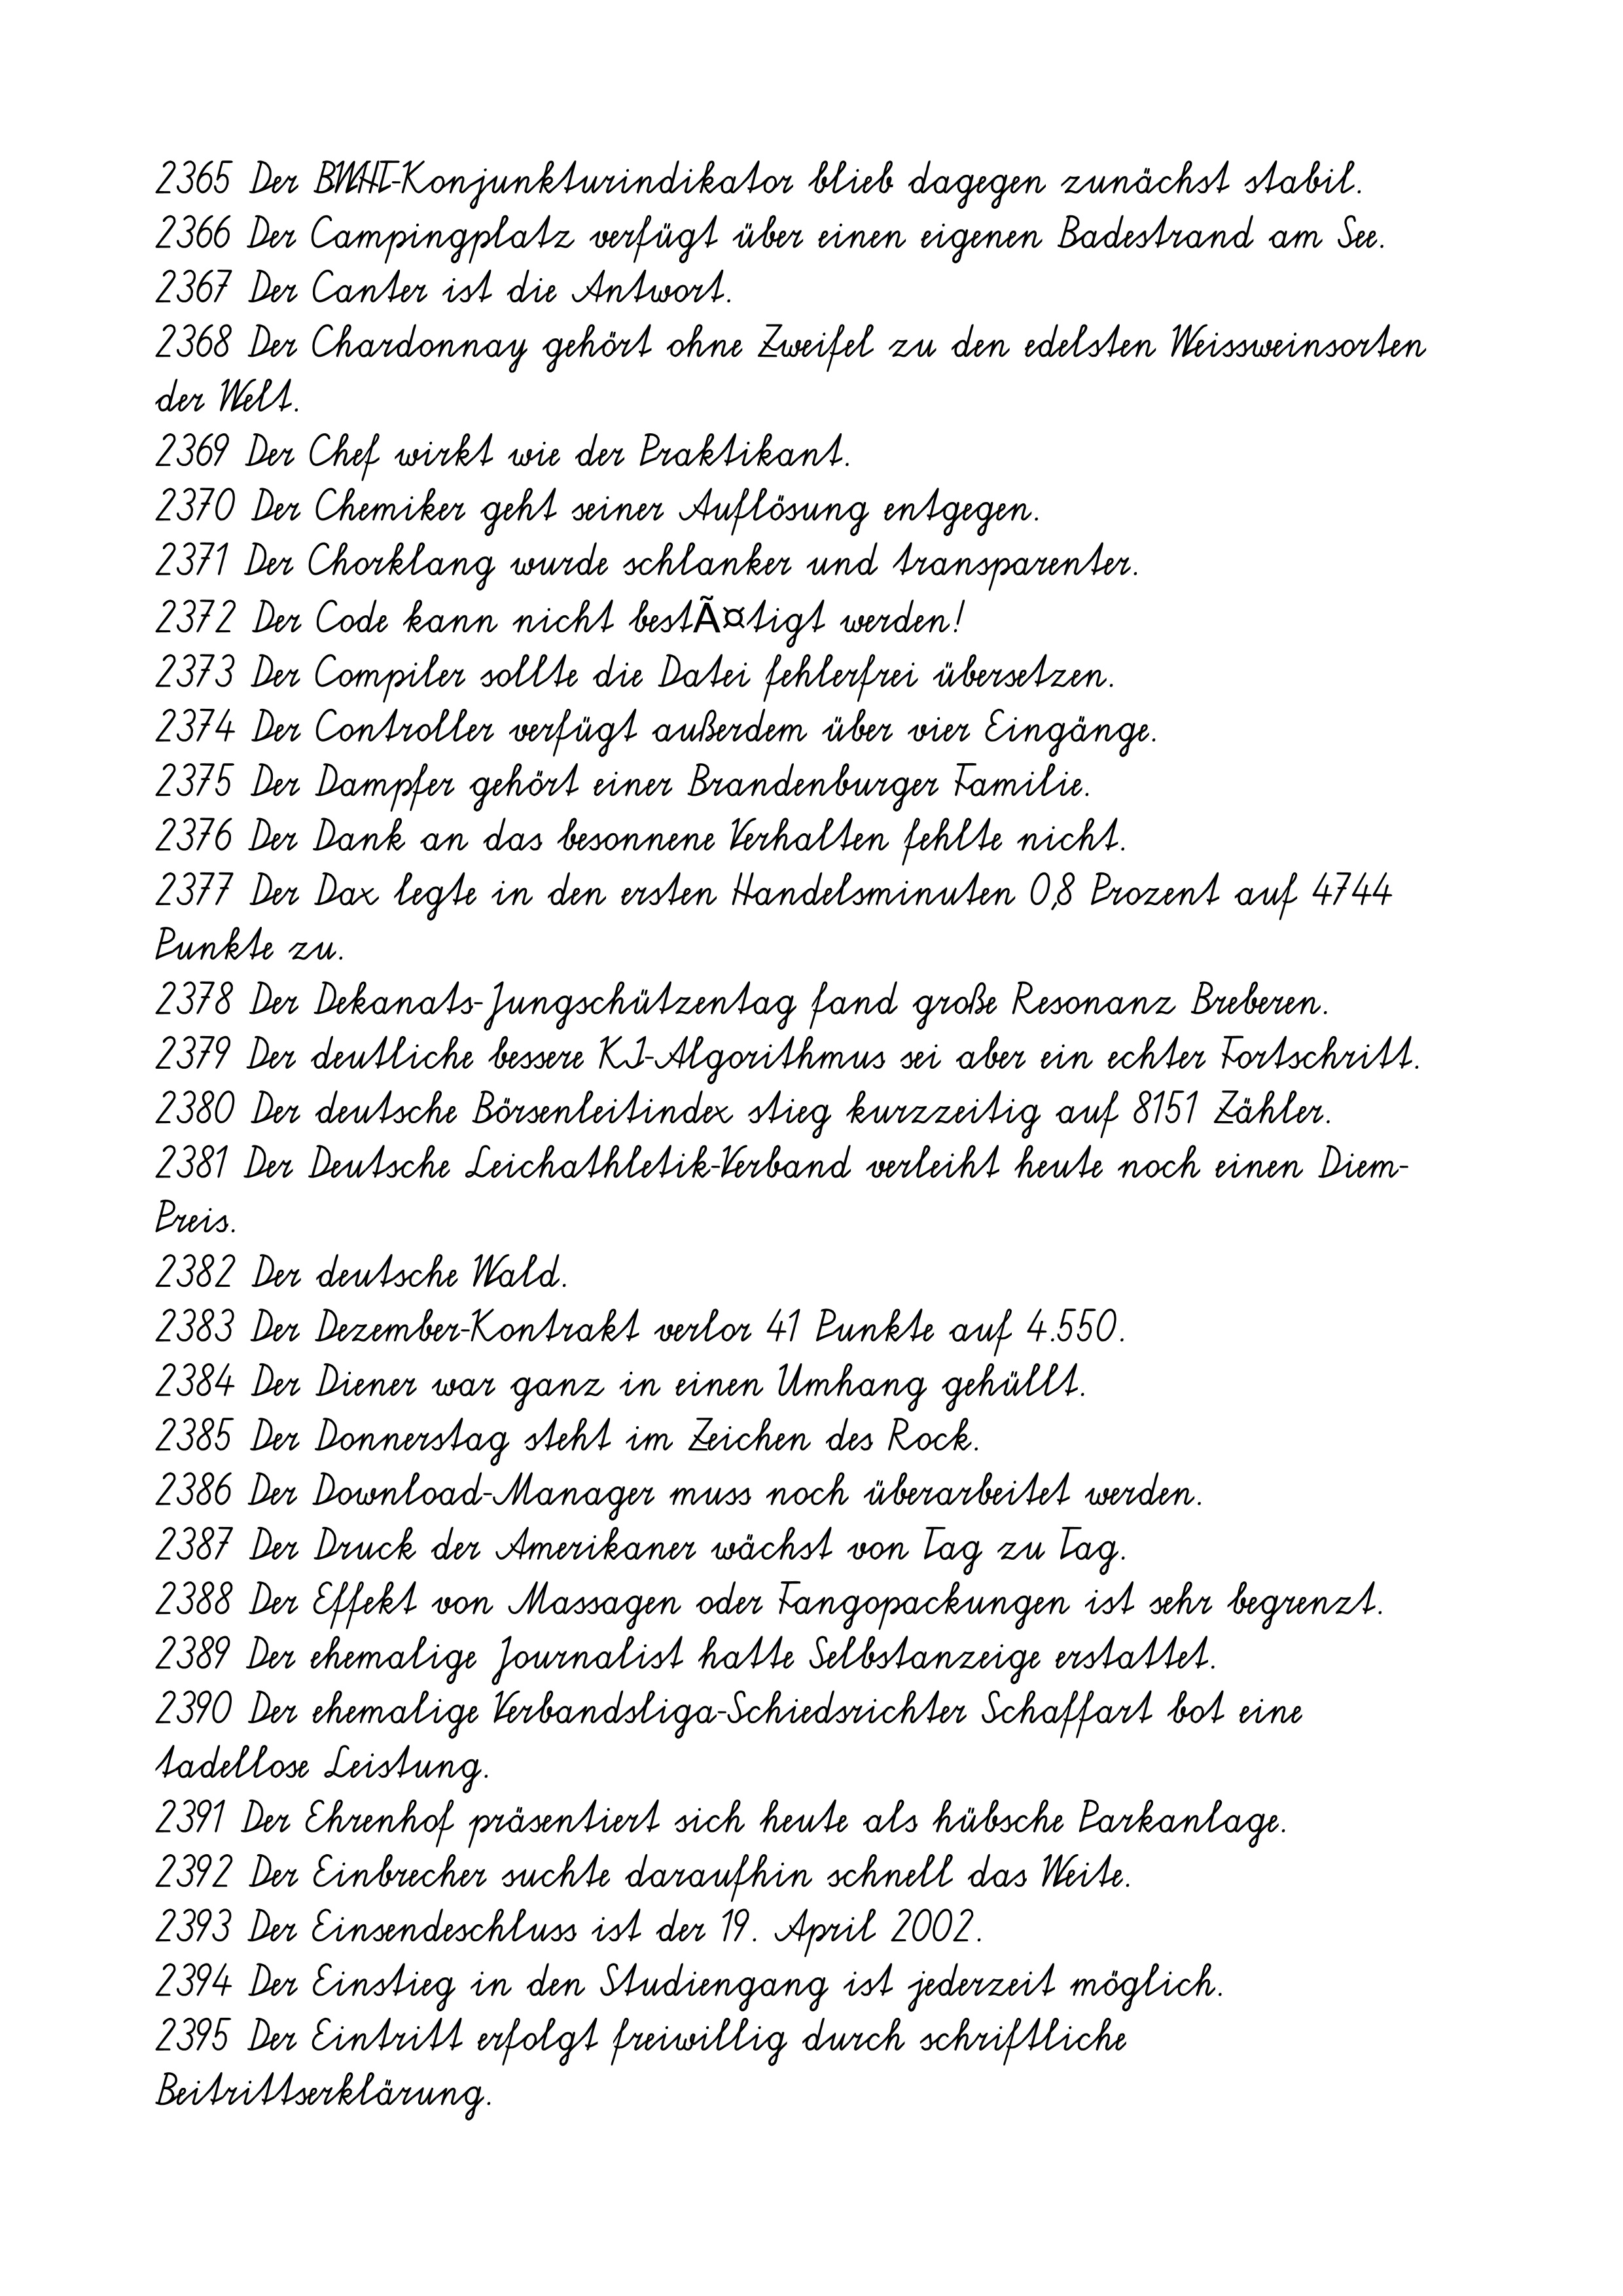
2365 Der BWHT-Konjunkturindikator blieb dagegen zunächst stabil.
2366 Der Campingplatz verfügt über einen eigenen Badestrand am See.
2367 Der Canter ist die Antwort.
2368 Der Chardonnay gehört ohne Zweifel zu den edelsten Weissweinsorten
der Welt.
2369 Der Chef wirkt wie der Praktikant.
2370 Der Chemiker geht seiner Auflösung entgegen.
2371 Der Chorklang wurde schlanker und transparenter.
2372 Der Code kann nicht bestÃ¤tigt werden!
2373 Der Compiler sollte die Datei fehlerfrei übersetzen.
2374 Der Controller verfügt außerdem über vier Eingänge.
2375 Der Dampfer gehört einer Brandenburger Familie.
2376 Der Dank an das besonnene Verhalten fehlte nicht.
2377 Der Dax legte in den ersten Handelsminuten 0,8 Prozent auf 4744
Punkte zu.
2378 Der Dekanats-Jungschützentag fand große Resonanz Breberen.
2379 Der deutliche bessere KI-Algorithmus sei aber ein echter Fortschritt.
2380 Der deutsche Börsenleitindex stieg kurzzeitig auf 8151 Zähler.
2381 Der Deutsche Leichathletik-Verband verleiht heute noch einen Diem-
Preis.
2382 Der deutsche Wald.
2383 Der Dezember-Kontrakt verlor 41 Punkte auf 4.550.
2384 Der Diener war ganz in einen Umhang gehüllt.
2385 Der Donnerstag steht im Zeichen des Rock.
2386 Der Download-Manager muss noch überarbeitet werden.
2387 Der Druck der Amerikaner wächst von Tag zu Tag.
2388 Der Effekt von Massagen oder Fangopackungen ist sehr begrenzt.
2389 Der ehemalige Journalist hatte Selbstanzeige erstattet.
2390 Der ehemalige Verbandsliga-Schiedsrichter Schaffart bot eine
tadellose Leistung.
2391 Der Ehrenhof präsentiert sich heute als hübsche Parkanlage.
2392 Der Einbrecher suchte daraufhin schnell das Weite.
2393 Der Einsendeschluss ist der 19. April 2002.
2394 Der Einstieg in den Studiengang ist jederzeit möglich.
2395 Der Eintritt erfolgt freiwillig durch schriftliche
Beitrittserklärung.